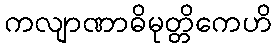
ကလျာဏာဓိမုတ္တိကေဟိ